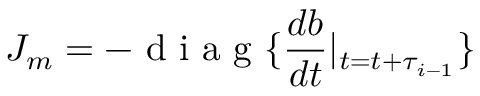
J _ { m } = - \mathrm { ~ d ~ i ~ a ~ g ~ } \{ \frac { d b } { d t } | _ { t = t + \tau _ { i - 1 } } \}